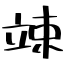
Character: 竦